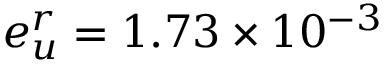
e _ { u } ^ { r } = 1 . 7 3 \times 1 0 ^ { - 3 }